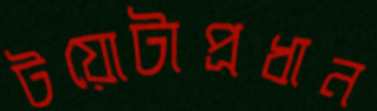
টয়োটাপ্রধান